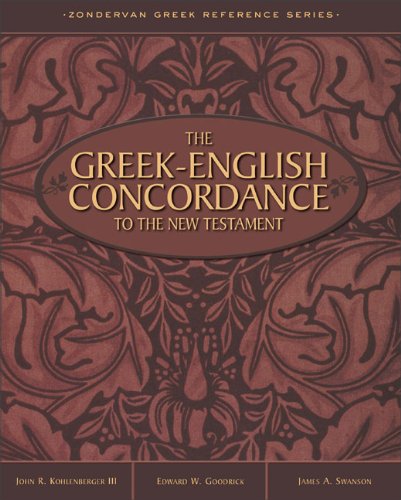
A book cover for Greek-English Concordance to the New Testament, The; John R. Kohlenberger III; Christian Books & Bibles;